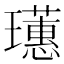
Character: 𤫃